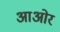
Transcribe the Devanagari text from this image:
आओर